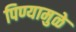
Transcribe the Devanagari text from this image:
पिण्यामुळे